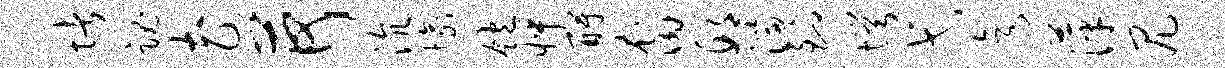
堵魂花荷沆愉饱怦酹裔邱淄到愕弋迄萍尻